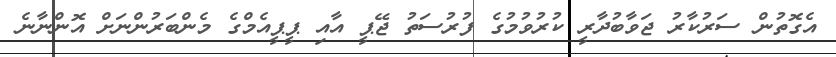
އެގޮތުން ސަރުކާރު ޖަވާބުދާރީ ކުރުވުމުގެ ފުރުސަތު ޖޭޕީ އާއި ޕީޕީއެމްގެ މެންބަރުންނަށް އޮންނާނެ